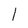
Character: 1